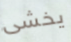
يخشى